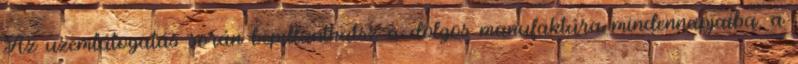
Az üzemlátogatás során bepillanthatsz a dolgos manufaktúra mindennapjaiba, a